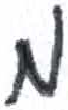
אות: מ